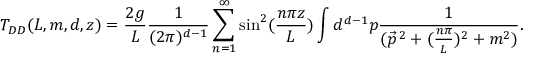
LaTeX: T _ { D D } ( L , m , d , z ) = \frac { 2 g } { L } \frac { 1 } { ( 2 \pi ) ^ { d - 1 } } \sum _ { n = 1 } ^ { \infty } \sin ^ { 2 } ( \frac { n \pi z } { L } ) \int d ^ { d - 1 } p \frac { 1 } { ( \vec { p } ^ { \, 2 } + ( \frac { n \pi } { L } ) ^ { 2 } + m ^ { 2 } ) } .